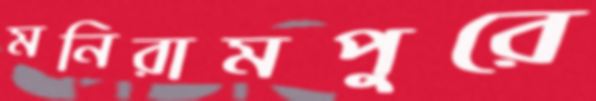
মনিরামপুরে